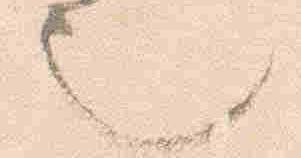
也